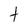
Character: t